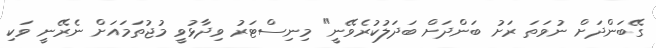
ގޭބަންދަށް ނުވަތަ ރަށު ބަންދަށް ބަދަލުކުރެވޭނީ" މިނިސްޓަރު ވިދާޅުވީ މުޖުތަމައަށް ނެރޭނީ ވަކި